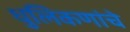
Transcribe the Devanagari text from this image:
धुलिकणांचे